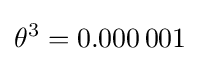
\theta ^{3}=0.000\,001